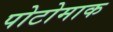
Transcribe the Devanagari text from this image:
पोटोमाक